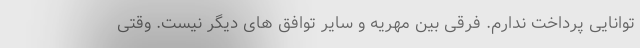
توانایی پرداخت ندارم. فرقی بین مهریه و سایر توافق های دیگر نیست. وقتی